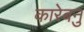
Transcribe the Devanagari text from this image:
कारेबनु